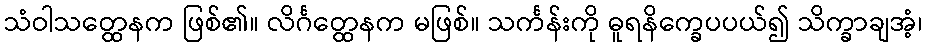
သံဝါသတ္ထေနက ဖြစ်၏။ လိင်္ဂတ္ထေနက မဖြစ်။ သင်္ကန်းကို ဓူရနိက္ခေပပယ်၍ သိက္ခာချအံ့၊